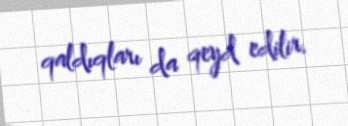
qaldıqları da qeyd edilir.